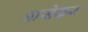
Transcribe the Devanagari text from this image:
आसेकर